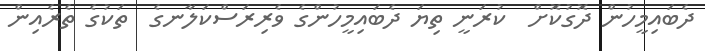
ދެބައިމީހުން ދޮގުކޮށް  ކުރަނީ ތިޔަ ދެބައިމީހުންގެ ވެރިރަސްކަލާނގެ  ތަކުގެ ތެރެއިން